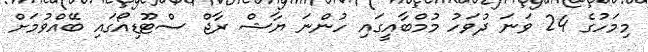
މިމަހުގެ 24 ވަނަ ދުވަހު މުމްބާއީގައި ހުންނަ ޔާޝް ރާޖް ސްޓޫޑިއޯގައި ބޭއްވުމަށް